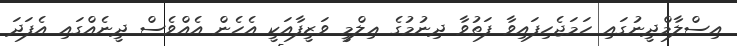
އިސްލާމްދީނުގައި ހަމަޖެހިފައިވާ ފަތުވާ ދިނުމުގެ ޢިލްމީ ވަޒީފާއަކީ އެހެން އެއްވެސް ދީނެއްގައި އެފަދަ